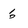
Character: 6